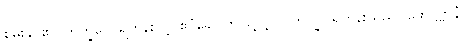
စွမ်းနိုင်၏။ ဘိက္ခဝေ၊ ရဟန်းတို့။ ဧဝံခေါ၊ ဤသို့လျှင်။ ဘိက္ခု၊ ရဟန်းသည်။ ဖောဋ္ဌဗ္ဗာနံ၊